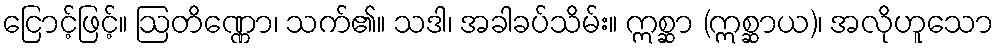
ငြောင့်ဖြင့်။ ဩတိဏ္ဏော၊ သက်၏။ သဒါ၊ အခါခပ်သိမ်း။ ဣစ္ဆာ (ဣစ္ဆာယ)၊ အလိုဟူသော